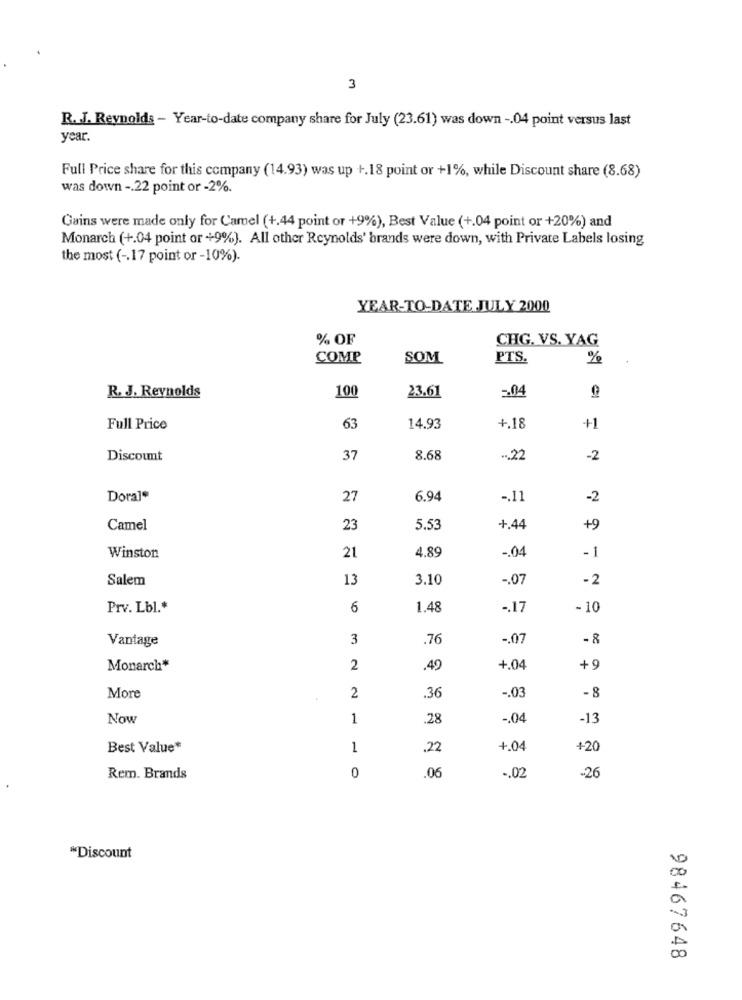
3
R. J. Reynolds - Year-to-date company share for July (23.61) was down -. 04 point versus last
year.
Full Price share for this company (14.93) was up +.18 point or +1%, while Discount share (8.68)
was down -. 22 point or -2%.
Gains were made only for Camel (+.44 point or +9%), Best Value (+.04 point or +20%) and
Monarch (+.04 point or +9%). All other Reynolds' brands were down, with Private Labels losing
the most ( -. 17 point or -10%).
YEAR-TO-DATE JULY 2000
% OF
CHG. VS. YAG
COMP
SOM
PTS.
%
100
23.61
5.04
R. J. Reynolds
Full Price
63
14.93
+.18
+1
Discount
37
8.68
-. 22
-2
Doral*
27
6.94
-. 11
-2
Camel
23
5.53
+.44
+9
4,89
-1
Winston
21
-. 04
Salem
13
3.10
-. 07
-2
Prv. Lbl .*
6
1.48
-. 17
-10
Vantage
3
.76
-. 07
-8
Monarch*
2
.49
+.04
+ 9
- 8
More
2
.36
-. 03
Now
1
.28
-. 04
-13
Best Value*
1
22
+.04
+20
06
-. 02
Rem. Brands
0
-26
"Discount
98467648